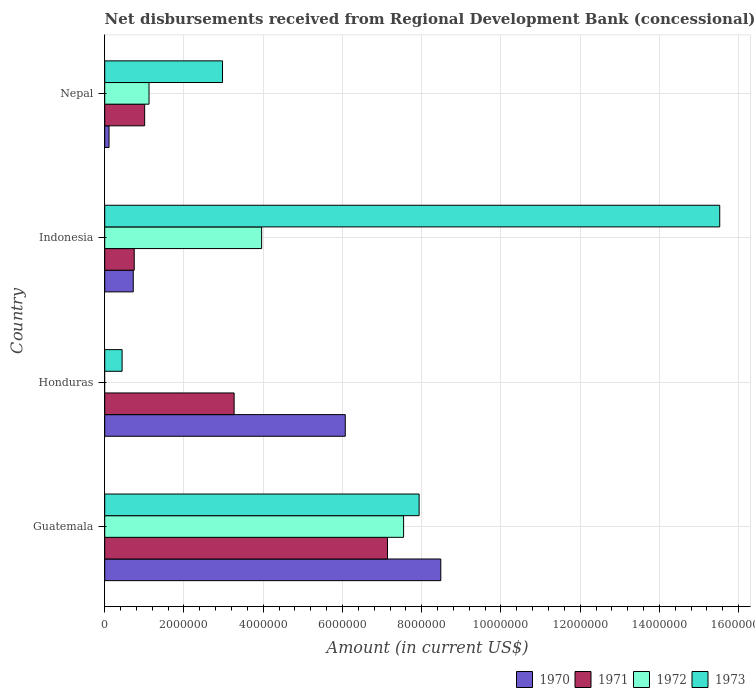
| Country | 1970 | 1971 | 1972 | 1973 |
 | --- | --- | --- | --- | --- |
 | Guatemala | 8.48e+06 | 7.14e+06 | 7.54e+06 | 7.94e+06 |
 | Honduras | 6.07e+06 | 3.27e+06 | -8.6e+04 | 4.39e+05 |
 | Indonesia | 7.2e+05 | 7.45e+05 | 3.96e+06 | 1.55e+07 |
 | Nepal | 1.09e+05 | 1.01e+06 | 1.12e+06 | 2.97e+06 |